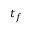
t _ { f }